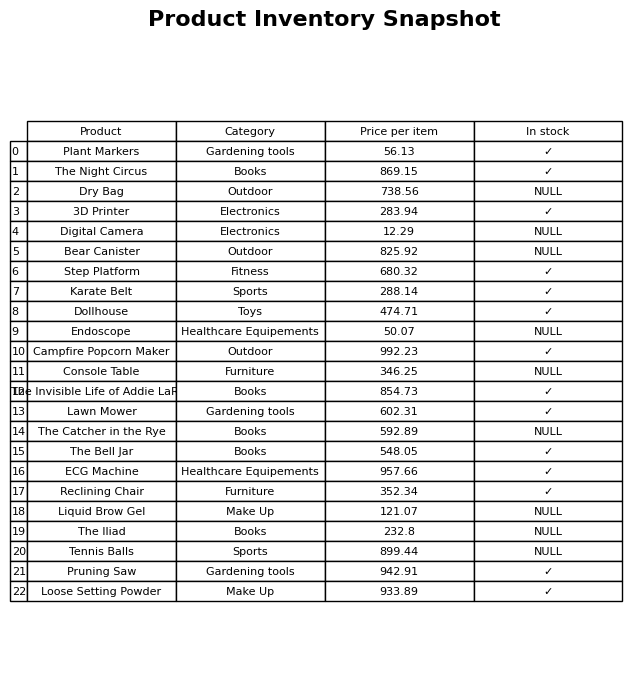
question: Is the The Invisible Life of Addie LaRue in stock?
answer: ✓